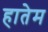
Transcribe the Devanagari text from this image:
हातेम